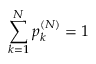
\sum _ { k = 1 } ^ { N } p _ { k } ^ { ( N ) } = 1